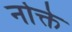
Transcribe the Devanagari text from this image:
नोक्ते